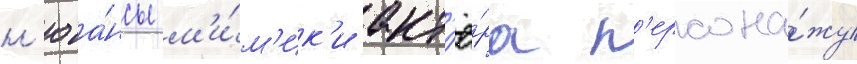
н'юа́нсы м'и́м'ик'и акт'ё́ра п'ерсона́жу